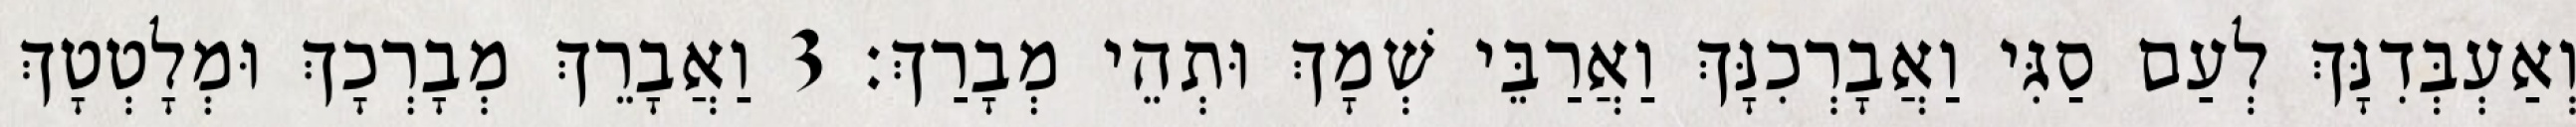
וְאַעְבְּדִנָּךְ לְעַם סַגִּי וַאֲבָרְכִנָּךְ וַאֲרַבֵּי שְׁמָךְ וּתְהֵי מְבָרַךְ׃ 3 וַאֲבָרֵךְ מְבָרְכָךְ וּמְלָטְטָךְ